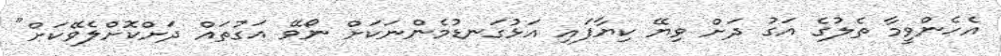
އެހެންވީމާ ތެލުގެ އަގު ދަށް ވިޔޭ ކިޔާފައި އަޅުގަނޑުމެންނަކަށް ނޯވޭ އަގުތައް ދަށްކޮށްލެވޭކަށް"